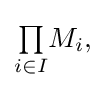
{\textstyle {\textstyle \prod \limits _{i\in I}}M_{i},}